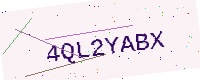
Text: 4QL2YABX